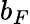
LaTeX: b_{F}